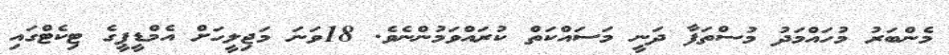
މެންބަރު މުހައްމަދު މުސްތަފާ ދަނީ މަސައްކަތް ކުރައްވަމުންނެވެ. 18ވަނަ މަޖިލީހަށް އެމްޑީޕީގެ ޓިކެޓްގައި